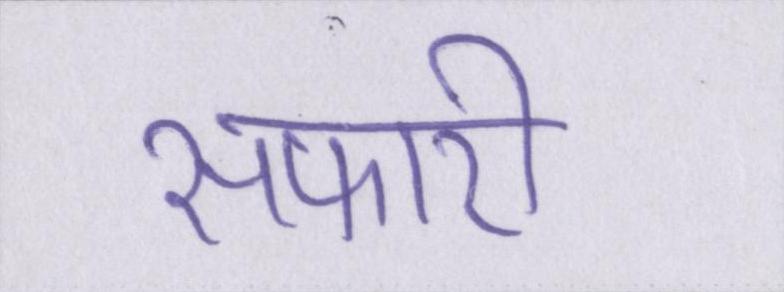
सफारी